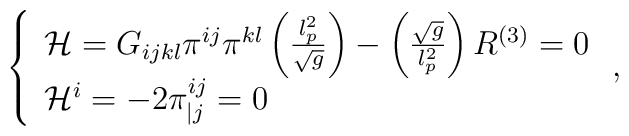
\left\{ \begin{array}{l}{\cal H}=G_{ijkl}\pi ^{ij}\pi ^{kl}\left( \frac{l_{p}^{2}}{\sqrt{g}}\right)-\left( \frac{\sqrt{g}}{l_{p}^{2}}\right) R^{\left( 3\right) }=0 \\ {\cal H}^{i}=-2\pi _{|j}^{ij}=0\end{array}\right. ,